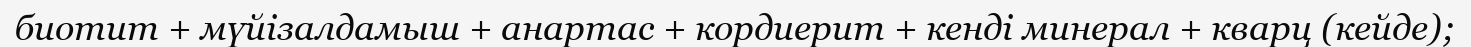
биотит + мүйізалдамыш + анартас + кордиерит + кенді минерал + кварц (кейде);